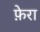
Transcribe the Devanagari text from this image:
फ़ेरा